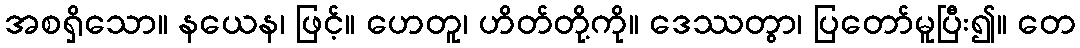
အစရှိသော။ နယေန၊ ဖြင့်။ ဟေတူ၊ ဟိတ်တို့ကို။ ဒေဿတွာ၊ ပြတော်မူပြီး၍။ တေ